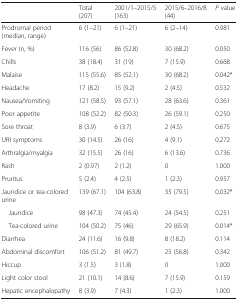
|  | Total(207) | 2001/1–2015/5(163) | 2015/6–2016/8(44) | P value |
 | --- | --- | --- | --- | --- |
 | Prodromal period (median, range) | 6 (1–21) | 6 (1–21) | 6 (2–14) | 0.981 |
 | Fever (n, %) | 116 (56) | 86 (52.8) | 30 (68.2) | 0.050 |
 | Chills | 38 (18.4) | 31 (19) | 7 (15.9) | 0.668 |
 | Malaise | 115 (55.6) | 85 (52.1) | 30 (68.2) | 0.042* |
 | Headache | 17 (8.2) | 15 (9.2) | 2 (4.5) | 0.532 |
 | Nausea/Vomiting | 121 (58.5) | 93 (57.1) | 28 (63.6) | 0.361 |
 | Poor appetite | 108 (52.2) | 82 (50.3) | 26 (59.1) | 0.250 |
 | Sore throat | 8 (3.9) | 6 (3.7) | 2 (4.5) | 0.675 |
 | URI symptoms | 30 (14.5) | 26 (16) | 4 (9.1) | 0.272 |
 | Arthralgia/myalgia | 32 (15.5) | 26 (16) | 6 (13.6) | 0.736 |
 | Rash | 2 (0.97) | 2 (1.2) | 0 | 1.000 |
 | Pruritus | 5 (2.4) | 4 (2.5) | 1 (2.3) | 0.957 |
 | Jaundice or tea-colored urine | 139 (67.1) | 104 (63.8) | 35 (79.5) | 0.032* |
 | Jaundice | 98 (47.3) | 74 (45.4) | 24 (54.5) | 0.251 |
 | Tea-colored urine | 104 (50.2) | 75 (46) | 29 (65.9) | 0.014* |
 | Diarrhea | 24 (11.6) | 16 (9.8) | 8 (18.2) | 0.114 |
 | Abdominal discomfort | 106 (51.2) | 81 (49.7) | 25 (56.8) | 0.342 |
 | Hiccup | 3 (1.5) | 3 (1.8) | 0 | 1.000 |
 | Light color stool | 21 (10.1) | 14 (8.6) | 7 (15.9) | 0.159 |
 | Hepatic encephalopathy | 8 (3.9) | 7 (4.3) | 1 (2.3) | 1.000 |